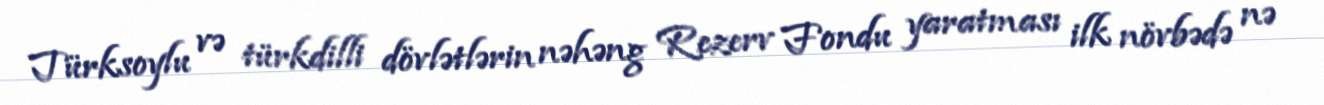
Türksoylu və türkdilli dövlətlərin nəhəng Rezerv Fondu yaratması ilk növbədə nə